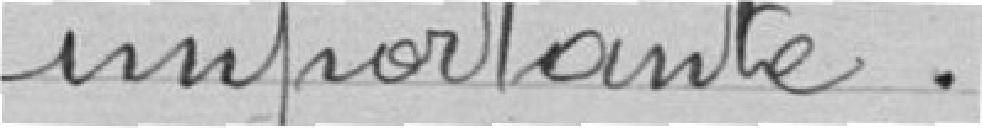
importante.